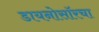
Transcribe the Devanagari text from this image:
डायनोसॉरचा